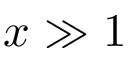
x \gg 1